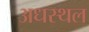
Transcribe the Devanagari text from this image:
अधस्थल